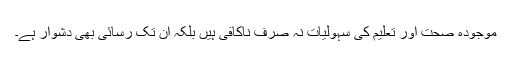
موجودہ صحت اور تعلیم کی سہولیات نہ صرف ناکافی ہیں بلکہ ان تک رسائی بھی دشوار ہے۔